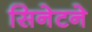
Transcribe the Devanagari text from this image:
सिनेटने